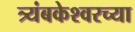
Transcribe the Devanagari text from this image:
त्र्यंबकेश्‍वरच्या